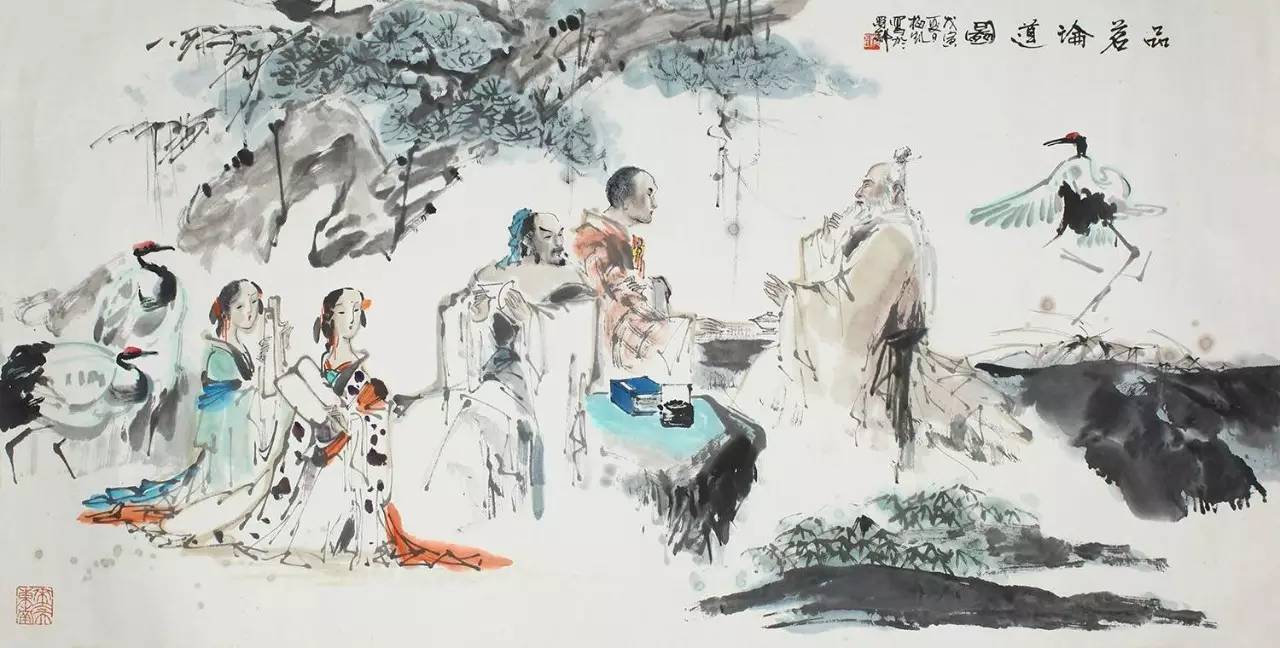
人谁无过？过而能改，善莫大焉。